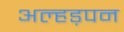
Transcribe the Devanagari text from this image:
अल्हड़पन